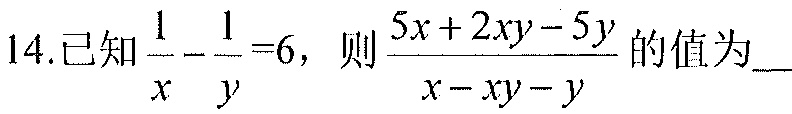
14.已知\(\dfrac{1}{x}-\dfrac{1}{y}=6\)，则\(\dfrac{5x + 2xy - 5y}{x - xy - y}\)的值为___